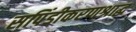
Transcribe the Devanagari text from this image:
सपिंडीकरणश्राद्ध